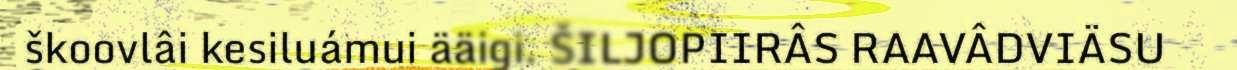
škoovlâi kesiluámui ääigi. ŠILJOPIIRÂS RAAVÂDVIÄSU